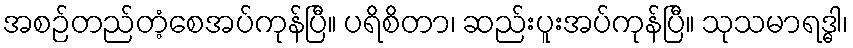
အစဉ်တည်တံ့စေအပ်ကုန်ပြီ။ ပရိစိတာ၊ ဆည်းပူးအပ်ကုန်ပြီ။ သုသမာရဒ္ဓါ၊